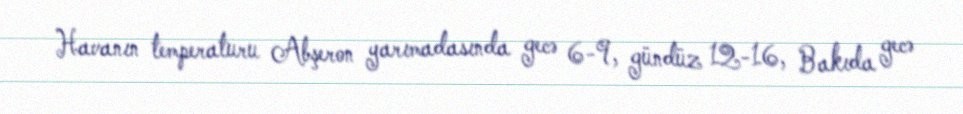
Havanın temperaturu Abşeron yarımadasında gecə 6-9, gündüz 12-16, Bakıda gecə